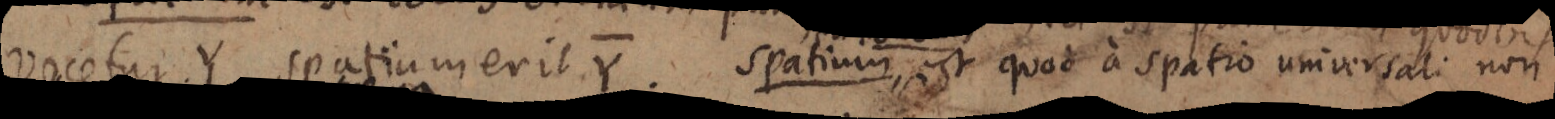
vocetur Y spatium erit Y. Spatium est quod a spatio universali non